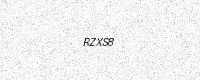
Text: RZXS8